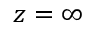
z = \infty